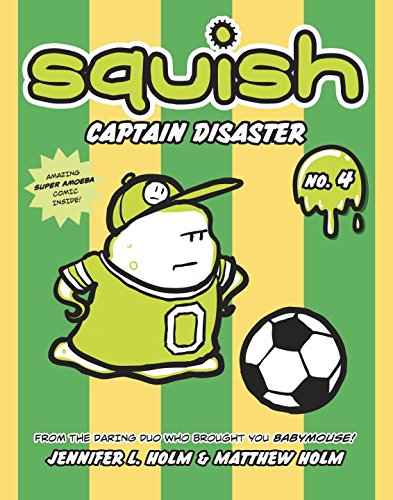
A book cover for Squish #4: Captain Disaster; Jennifer L. Holm; Children's Books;